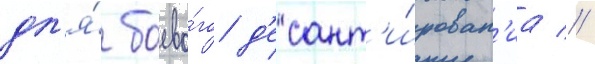
дл'я́ боево́го д'есант'и́рован'иа //